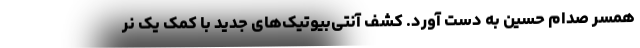
همسر صدام حسین به دست آورد. کشف آنتی‌بیوتیک‌های جدید با کمک یک نر